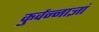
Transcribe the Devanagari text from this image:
कुर्वन्नाज्ञां